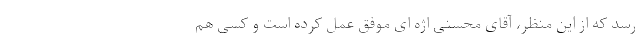
رسد که از این منظر، آقای محسنی اژه ای موفق عمل کرده است و کسی هم